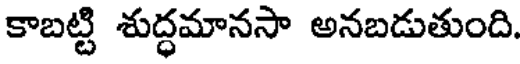
కాబట్టి శుద్ధమానసా అనబడుతుంది.